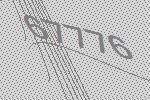
67776